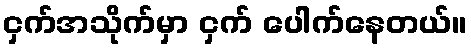
ငှက်အသိုက်မှာ ငှက် ပေါက်နေတယ်။